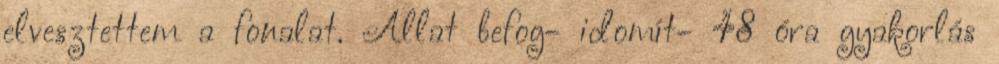
elvesztettem a fonalat. Állat befog- idomít- 48 óra gyakorlás